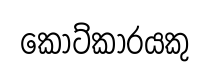
කෝට්කාරයකු